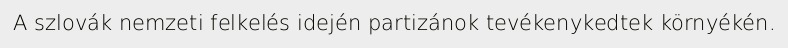
A szlovák nemzeti felkelés idején partizánok tevékenykedtek környékén.